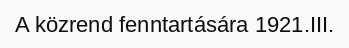
A közrend fenntartására 1921.III.